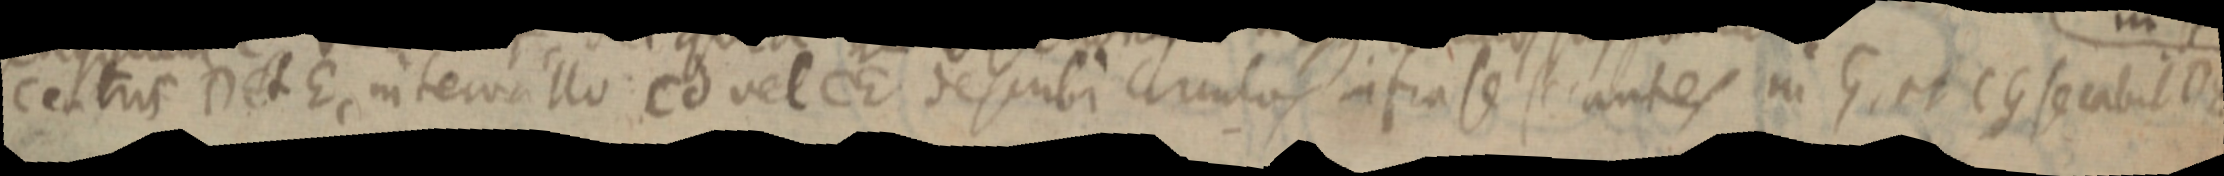
centus D et E, intervallo Cd vel CE descubi circulos infra se secantes in G, et CG secabit DE